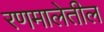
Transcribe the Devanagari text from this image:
रणमालेतील